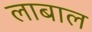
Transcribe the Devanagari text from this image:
लाबाल